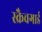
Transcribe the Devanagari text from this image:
स्क्रैचगार्ड